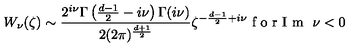
W _ { \nu } ( \zeta ) \sim \frac { 2 ^ { i \nu } \Gamma \left( \frac { d - 1 } { 2 } - i \nu \right) \Gamma ( i \nu ) } { 2 ( 2 \pi ) ^ { \frac { d + 1 } { 2 } } } \zeta ^ { - \frac { d - 1 } { 2 } + i \nu } \makebox { f o r I m } \ \nu < 0